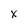
Character: x